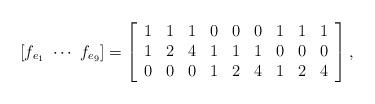
LaTeX: \begin{align*}[f_{e_1}~\cdots~f_{e_9}]= \left[ \begin{array}{ccccccccc} 1 & 1 & 1 & 0 & 0 & 0 & 1 & 1 & 1 \\ 1 & 2 & 4 & 1 & 1 & 1 & 0 & 0 & 0 \\ 0 & 0 & 0 & 1 & 2 & 4 & 1 & 2 & 4 \\ \end{array} \right],\end{align*}